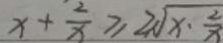
x + \frac { 2 } { x } \geq 2 \sqrt { x - \frac { 2 } { x } }